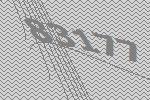
83177